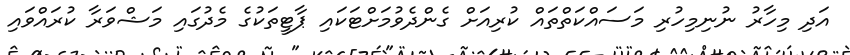
އަދި މިހާރު ނުނިމިހުރި މަސައްކަތްތައް ކުރިއަށް ގެންދެވުމަށްޓަކައި ޕާޓީތަކުގެ މެދުގައި މަޝްވަރާ ކުރައްވައި